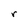
Character: r